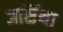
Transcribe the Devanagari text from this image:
जसिंथा